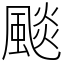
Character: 颷